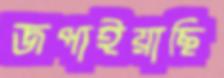
জপাইয়াছি